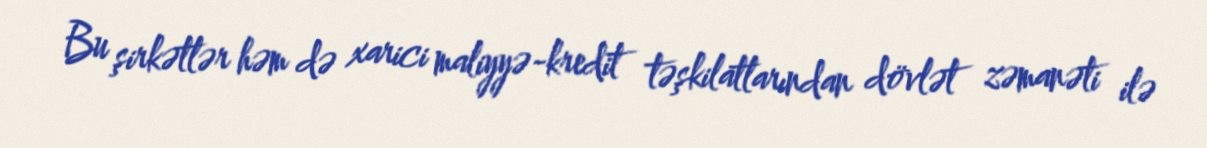
Bu şirkətlər həm də xarici maliyyə-kredit təşkilatlarından dövlət zəmanəti ilə